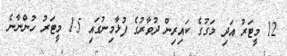
12 މީޓަރު އަދި މަގުގެ ކައިރިން ދުވާރުގެ ފުޅާމިނުގައި 1.5 މީޓަރު ހުންނާނެ